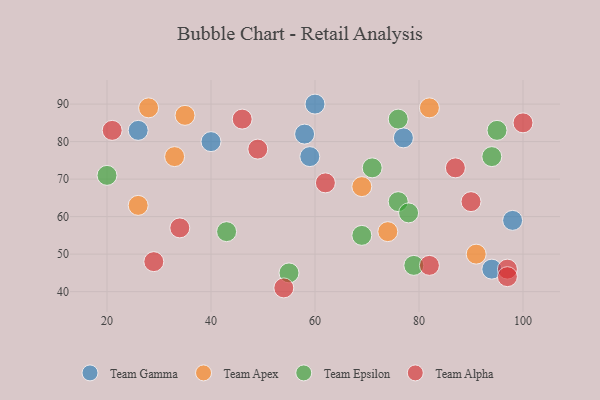
{"axis": {"x": "GDP", "y": "Life Expectancy"}, "legend": ["Team Alpha", "Team Apex", "Team Epsilon", "Team Gamma"], "data": [{"x": "40", "y": 80, "type": "Team Gamma"}, {"x": "77", "y": 81, "type": "Team Gamma"}, {"x": "98", "y": 59, "type": "Team Gamma"}, {"x": "26", "y": 83, "type": "Team Gamma"}, {"x": "60", "y": 90, "type": "Team Gamma"}, {"x": "59", "y": 76, "type": "Team Gamma"}, {"x": "58", "y": 82, "type": "Team Gamma"}, {"x": "94", "y": 46, "type": "Team Gamma"}, {"x": "28", "y": 89, "type": "Team Apex"}, {"x": "74", "y": 56, "type": "Team Apex"}, {"x": "26", "y": 63, "type": "Team Apex"}, {"x": "91", "y": 50, "type": "Team Apex"}, {"x": "82", "y": 89, "type": "Team Apex"}, {"x": "35", "y": 87, "type": "Team Apex"}, {"x": "69", "y": 68, "type": "Team Apex"}, {"x": "33", "y": 76, "type": "Team Apex"}, {"x": "43", "y": 56, "type": "Team Epsilon"}, {"x": "95", "y": 83, "type": "Team Epsilon"}, {"x": "76", "y": 64, "type": "Team Epsilon"}, {"x": "76", "y": 86, "type": "Team Epsilon"}, {"x": "79", "y": 47, "type": "Team Epsilon"}, {"x": "69", "y": 55, "type": "Team Epsilon"}, {"x": "71", "y": 73, "type": "Team Epsilon"}, {"x": "55", "y": 45, "type": "Team Epsilon"}, {"x": "20", "y": 71, "type": "Team Epsilon"}, {"x": "94", "y": 76, "type": "Team Epsilon"}, {"x": "78", "y": 61, "type": "Team Epsilon"}, {"x": "21", "y": 83, "type": "Team Alpha"}, {"x": "97", "y": 46, "type": "Team Alpha"}, {"x": "29", "y": 48, "type": "Team Alpha"}, {"x": "90", "y": 64, "type": "Team Alpha"}, {"x": "100", "y": 85, "type": "Team Alpha"}, {"x": "62", "y": 69, "type": "Team Alpha"}, {"x": "87", "y": 73, "type": "Team Alpha"}, {"x": "49", "y": 78, "type": "Team Alpha"}, {"x": "54", "y": 41, "type": "Team Alpha"}, {"x": "82", "y": 47, "type": "Team Alpha"}, {"x": "97", "y": 44, "type": "Team Alpha"}, {"x": "34", "y": 57, "type": "Team Alpha"}, {"x": "46", "y": 86, "type": "Team Alpha"}]}